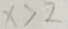
x > 2